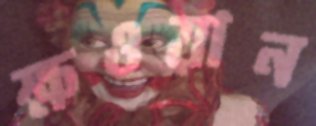
ক্ষওয়ান